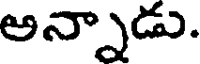
అన్నాడు.